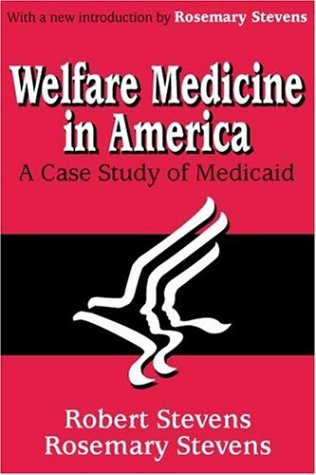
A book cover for Welfare Medicine in America: A Case Study of Medicaid; Robert Stevens; Medical Books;